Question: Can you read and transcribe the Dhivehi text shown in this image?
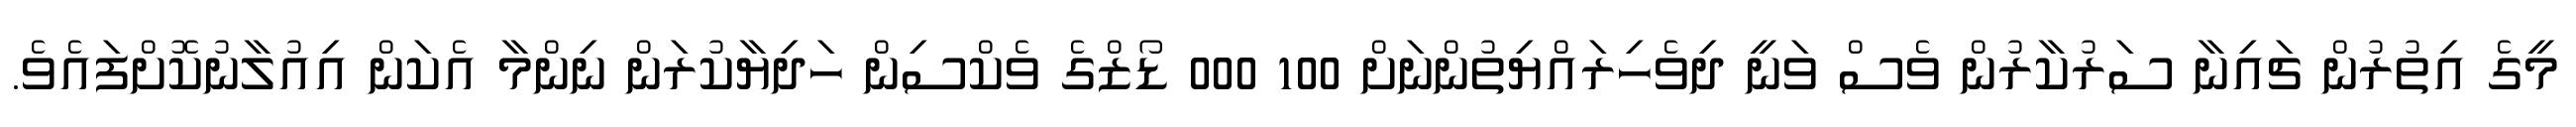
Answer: މީގެ އިތުރުން ޗައިނާ ސަރުކާރުން ވެސް ވަނީ ދިވެހިރައްޔިތުންނަށް 100 000 ޑޯޒްގެ ވެކްސިން ހަދިޔާކުރަން ނިންމާ އެކަން އިއުލާނުކޮށްފައެވެ.